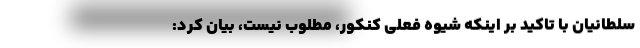
سلطانیان با تاکید بر اینکه شیوه فعلی کنکور، مطلوب نیست، بیان کرد: